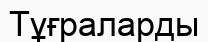
Тұғраларды